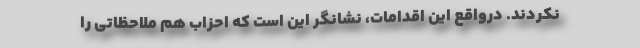
نکردند. درواقع این اقدامات، نشانگر این است که احزاب هم ملاحظاتی را